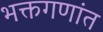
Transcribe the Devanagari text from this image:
भक्तगणांत